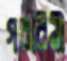
গরবিনী